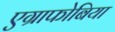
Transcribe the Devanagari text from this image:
एग्राफोबिया